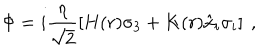
LaTeX: \Phi = i \frac { \eta } { \sqrt { 2 } } \left[ H ( r ) \sigma _ { 3 } + K ( r ) \hat { x } _ { i } \sigma _ { i } \right] \ ,